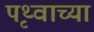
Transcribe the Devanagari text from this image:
पृथ्वाच्या